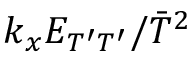
k _ { x } E _ { T ^ { \prime } T ^ { \prime } } / \bar { T } ^ { 2 }